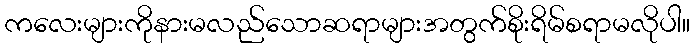
ကလေးများကိုနားမလည်သောဆရာများအတွက်စိုးရိမ်စရာမလိုပါ။